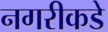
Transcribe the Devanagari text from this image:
नगरीकडे